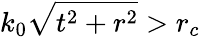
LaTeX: k_{0}\sqrt{t^{2}+r^{2}}>r_{c}